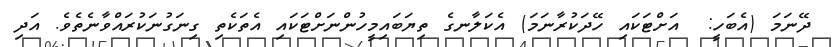
ދޭނަމަ (އެބަހީ:  އަށްޓަކައި ހޭދަކުރާނަމަ) އެކަލާނގެ ތިޔަބައިމީހުންނަށްޓަކައި އެތަކެތި ގިނަގުނަކުރައްވާނެތެވެ. އަދި